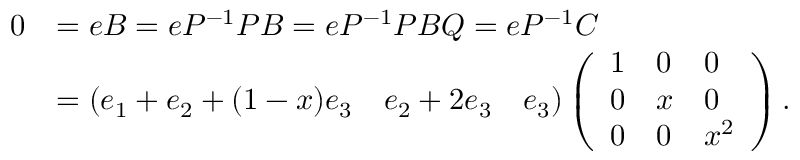
\begin{array} { r l } { 0 } & { = e B = e P ^ { - 1 } P B = e P ^ { - 1 } P B Q = e P ^ { - 1 } C } \\ & { = ( e _ { 1 } + e _ { 2 } + ( 1 - x ) e _ { 3 } \quad e _ { 2 } + 2 e _ { 3 } \quad e _ { 3 } ) \left( \begin{array} { l l l } { 1 } & { 0 } & { 0 } \\ { 0 } & { x } & { 0 } \\ { 0 } & { 0 } & { x ^ { 2 } } \end{array} \right) . } \end{array}